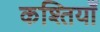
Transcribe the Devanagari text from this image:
कश्तियाँ